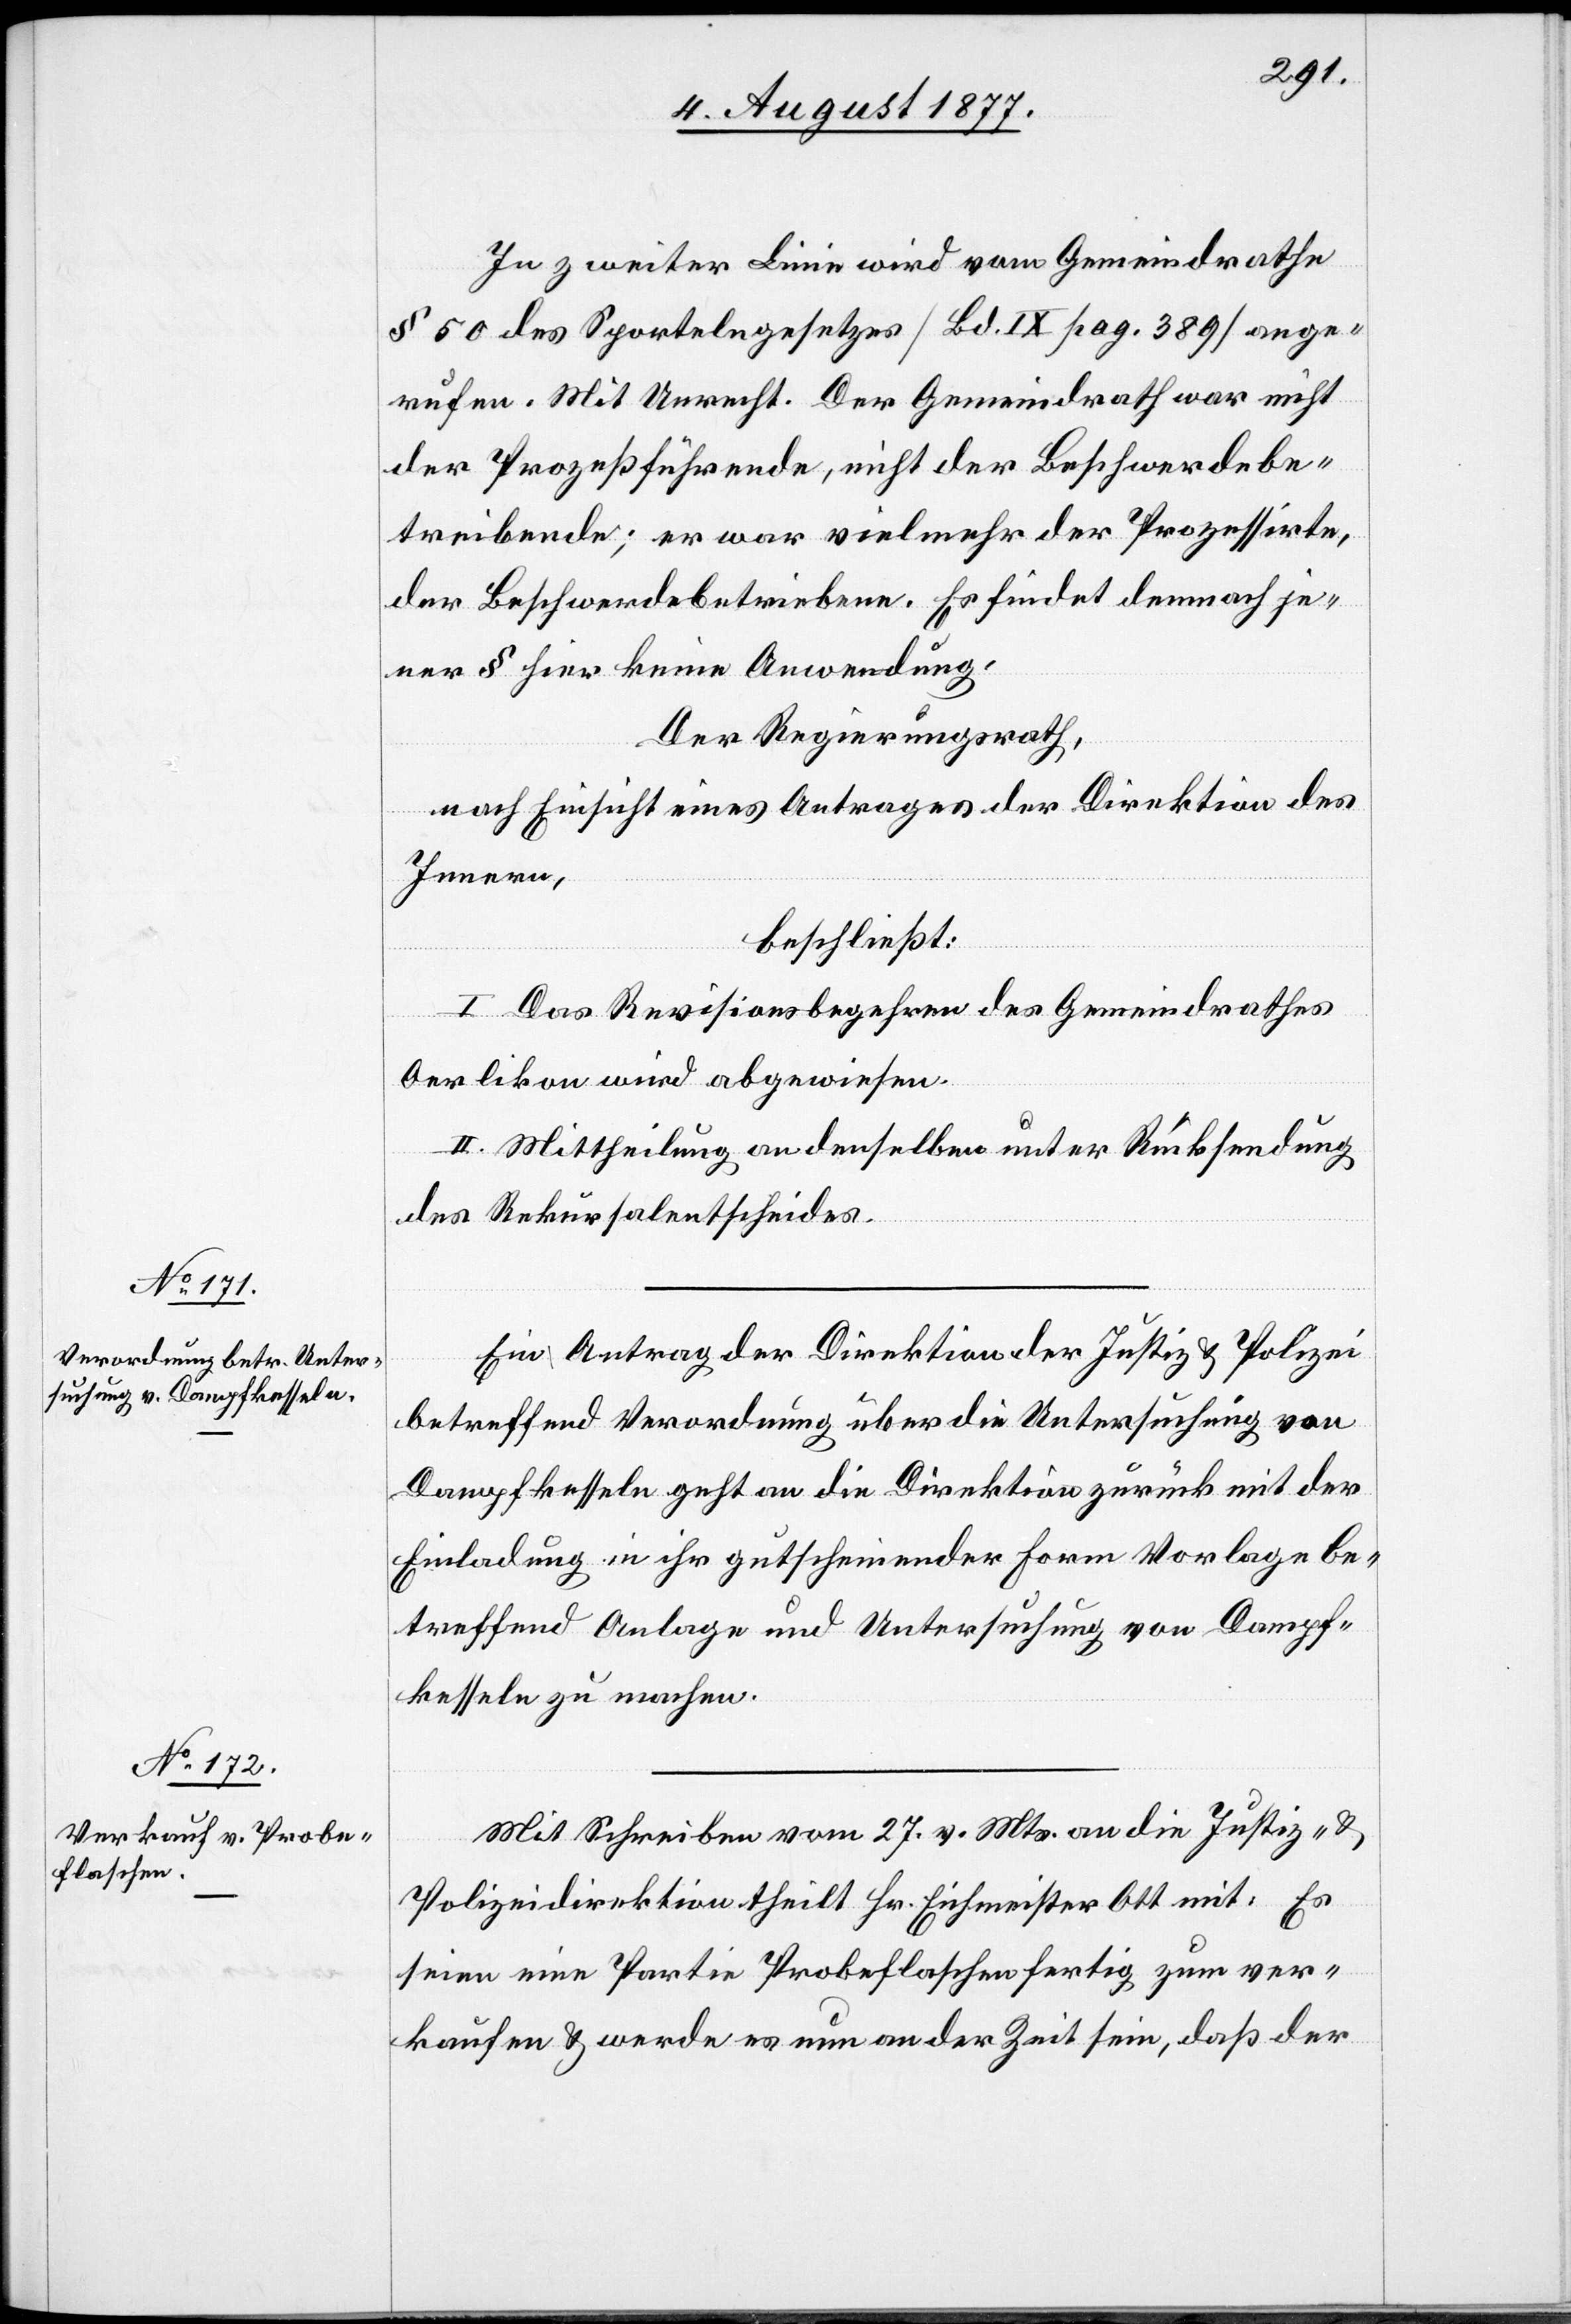
In zweiter Linie wird vom Gemeindrathe
§ 50 des Sportelngesetzes [Bd. IX pag. 389] ange¬
rufen. Mit Unrecht. Der Gemeindrath war nicht
der Prozeßführende, nicht der Beschwerdebe¬
treibende; er war vielmehr der Prozessirte,
der Beschwerdebetriebene. Es findet demnach je¬
ner § hier keine Anwendung.
Der Regierungsrath,
nach Einsicht eines Antrages der Direktion des
Innern,
beschließt:
I. Das Revisionsbegehren des Gemeindrathes
Oerlikon wird abgewiesen.
II. Mittheilung an denselben unter Rücksendung
des Rekursalentscheides.
Ein Antrag der Direktion der Justiz & Polizei
betreffend Verordnung über die Untersuchung von
Dampfkesseln geht an die Direktion zurück mit der
Einladung in ihr gutscheinender Form Vorlage be¬
treffend Anlage und Untersuchung von Dampf¬
kesseln zu machen.
Mit Schreiben vom 27. v. Mts. an die Justiz- &
Polizeidirektion theilt Hr. Eichmeister Ott mit: Es
seien eine Partie Probeflaschen fertig zum ver¬
kaufen & werde es nun an der Zeit sein, daß der